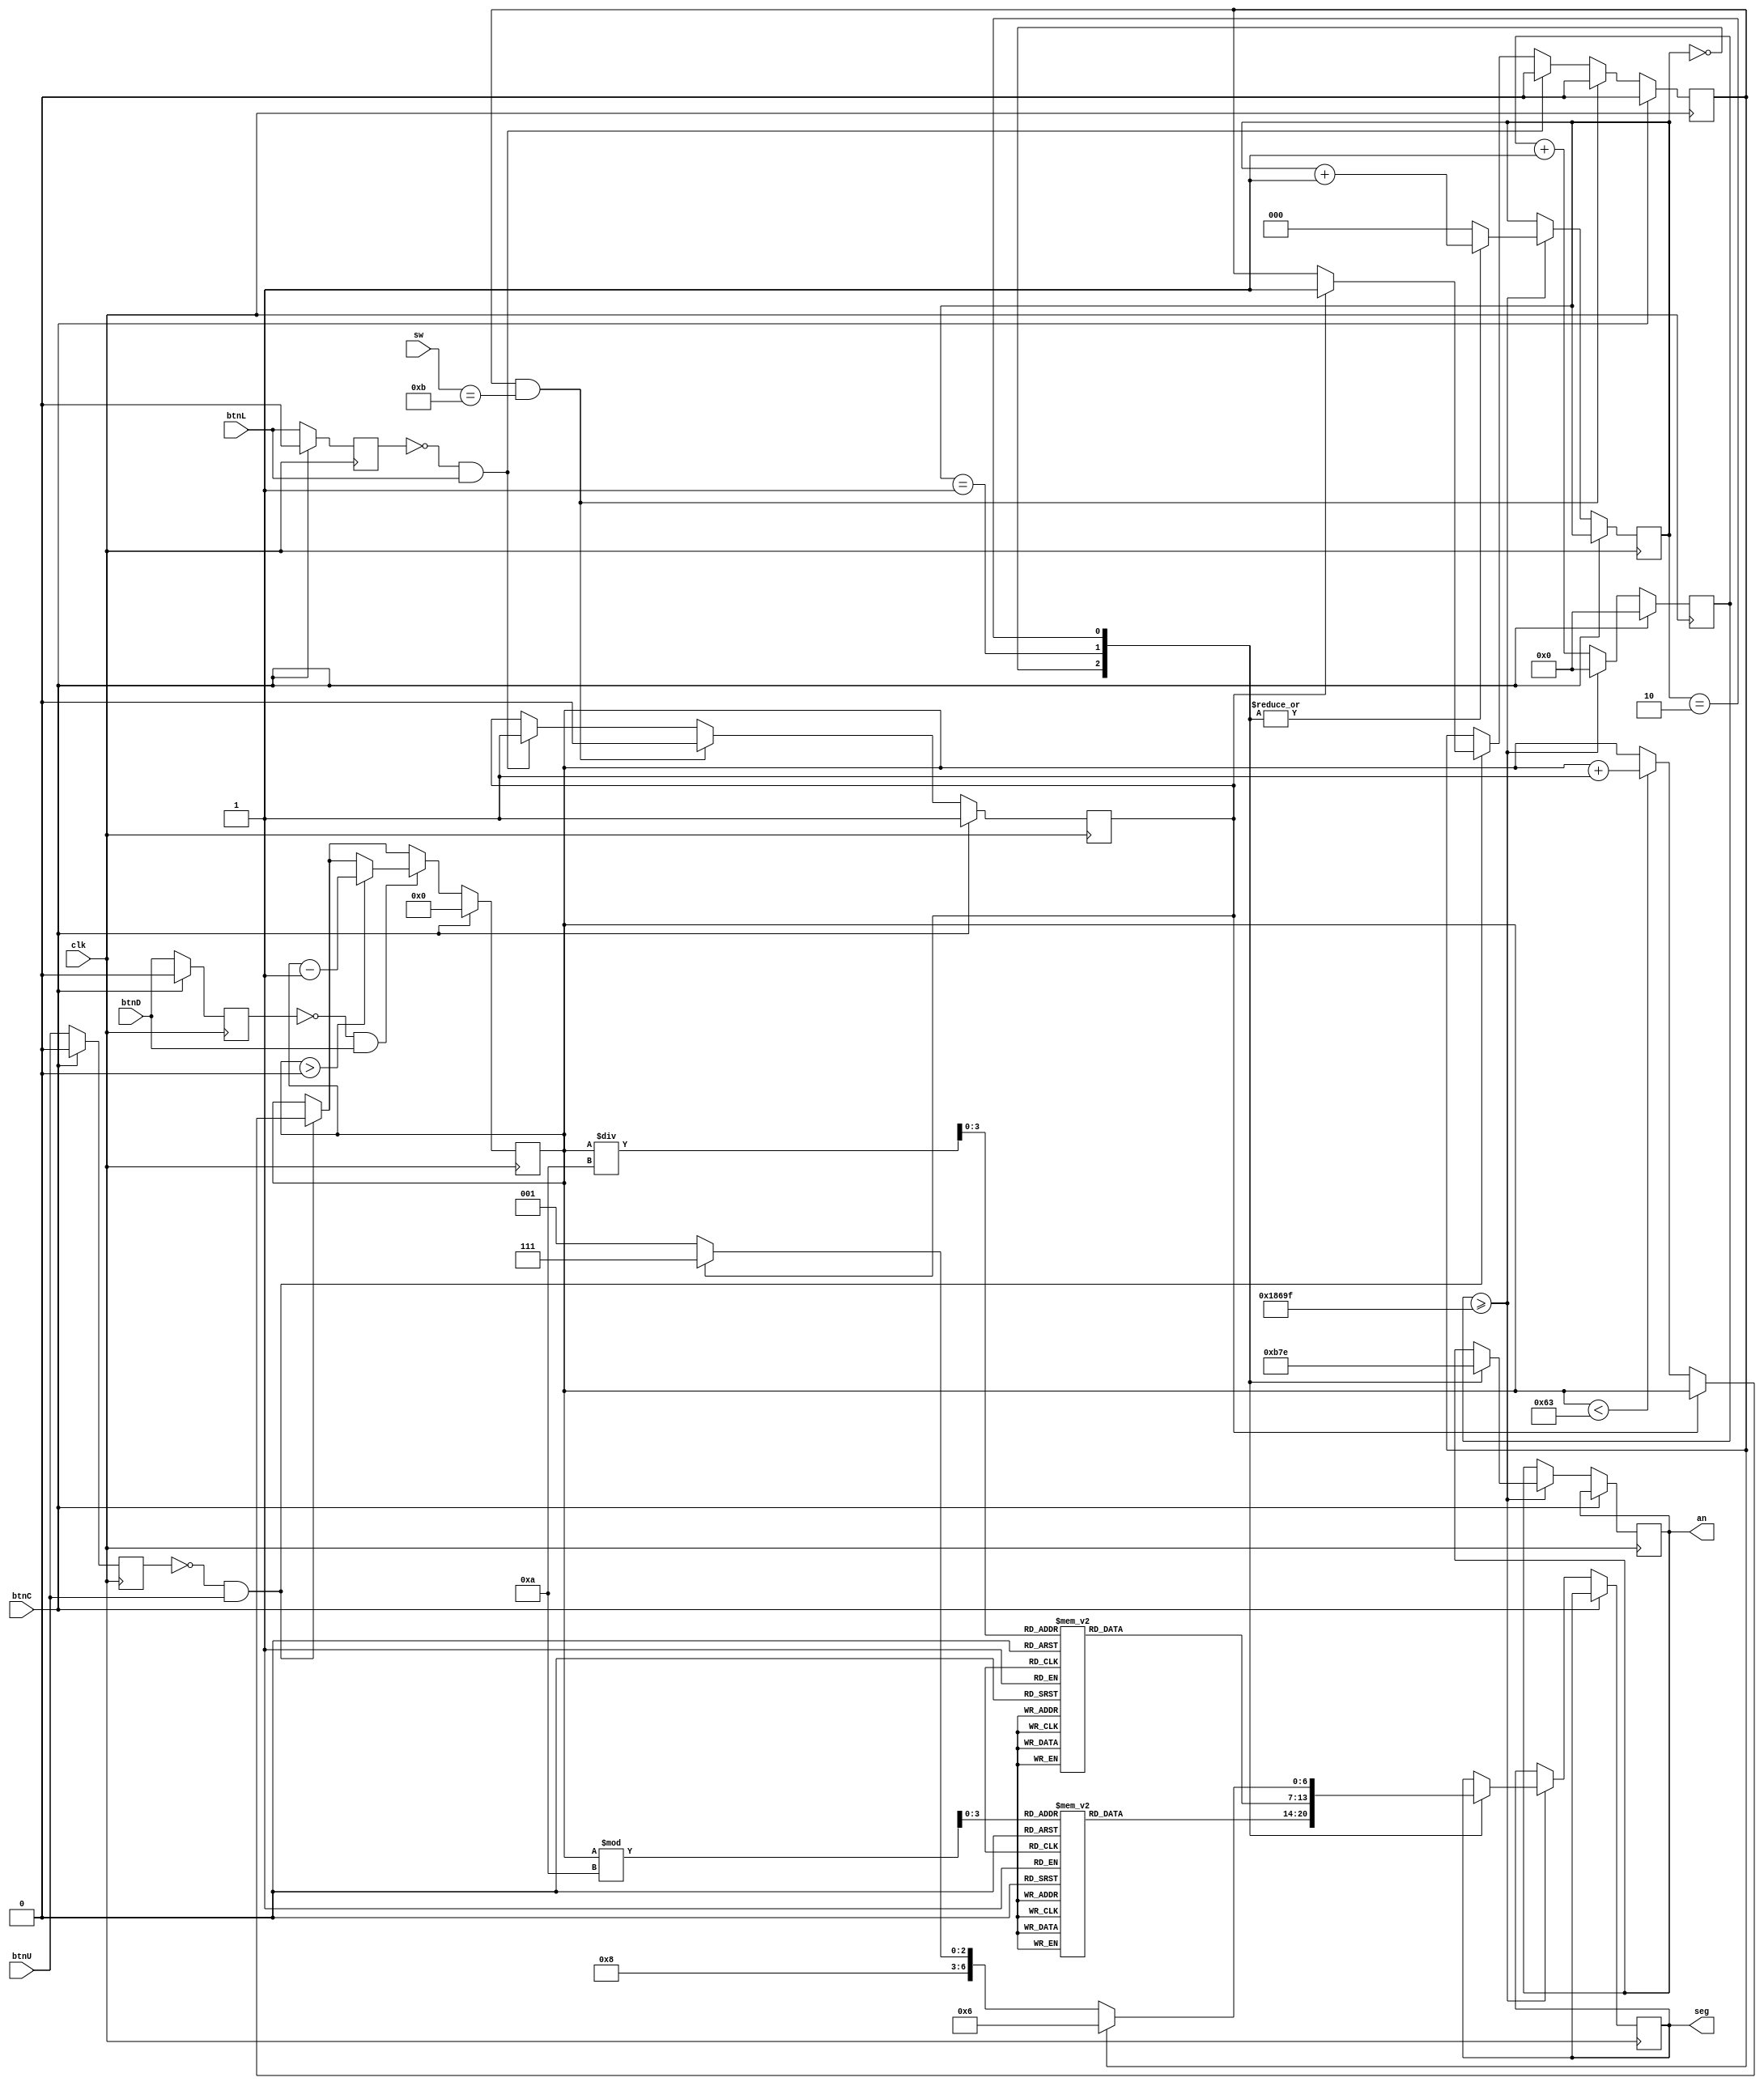
`timescale 1ns / 1ps
module garage_counter(
    input clk,           
    input btnC,          
    input btnU,          
    input btnD,          
    input btnL,          
    input [3:0] sw, 
    output reg [6:0] seg, 
    output reg [3:0] an  
);

parameter CLK_FREQ = 100000000; 
parameter REFRESH_RATE = 1000; // Refresh rate for the displays in Hz
parameter MAX_COUNT = CLK_FREQ / REFRESH_RATE; // Counts required per display update
parameter CORRECT_COMBO = 4'b1011; // Correct combination for unlocking

// Timing and counting
reg [31:0] refresh_counter = 0;
reg [6:0] seconds = 0;
reg [2:0] display_mux = 0;  // mux for 3 displays

// Debounce logic parameters
reg last_btnU_state = 0;
reg last_btnL_state = 0;
reg last_btnD_state = 0;
reg btnU_active = 0; // Flag to display "L"
reg gate_locked = 1; // Gate initially locked

// 7-segment decoder dispaly
function [6:0] decode_7seg(input [3:0] digit);
    begin
        case (digit)
            4'd0: decode_7seg = 7'b1000000; // "0"
            4'd1: decode_7seg = 7'b1111001; // "1"
            4'd2: decode_7seg = 7'b0100100; // "2"
            4'd3: decode_7seg = 7'b0110000; // "3"
            4'd4: decode_7seg = 7'b0011001; // "4"
            4'd5: decode_7seg = 7'b0010010; // "5"
            4'd6: decode_7seg = 7'b0000010; // "6"
            4'd7: decode_7seg = 7'b1111000; // "7"
            4'd8: decode_7seg = 7'b0000000; // "8"
            4'd9: decode_7seg = 7'b0010000; // "9"
            4'd10: decode_7seg = 7'b1000111; // "L"
            4'd11: decode_7seg = 7'b0000110; // "E"
            4'd12: decode_7seg = 7'b1000001; // "U"
            default: decode_7seg = 7'b1111111; // Blank
        endcase
    end
endfunction

always @(posedge clk) begin
    // Reset 
    if (btnC) begin
        seconds <= 0;
        refresh_counter <= 0;
        last_btnU_state <= 0;
        last_btnD_state <= 0;
        last_btnL_state <= 0;
        btnU_active <= 0;
        gate_locked <= 1; // Lock the gate
    end else begin
        if (!last_btnU_state && btnU) begin
            if (gate_locked) begin
                btnU_active <= 1;  // Indicate entry mode, show "E" for enter code
            end else if (seconds < 99) begin
                seconds <= seconds + 1;  // Increment counter if gate is unlocked
            end
        end

        if (!last_btnL_state && btnL) begin
            gate_locked <= 1;  // Lock the gate, show "L"
            btnU_active <= 0;
        end

        if (!last_btnD_state && btnD) begin
            if (seconds > 0) begin
                seconds <= seconds - 1;  // Decrement counter
            end
        end

        // Check combination if in entry mode
        if (btnU_active && sw == CORRECT_COMBO) begin
            gate_locked <= 0;  // Unlock the gate
            btnU_active <= 0;
        end
	
        last_btnU_state <= btnU;
        last_btnD_state <= btnD;
        last_btnL_state <= btnL;

        // Display refresh logic using mux 
        if (refresh_counter >= MAX_COUNT - 1) begin
            refresh_counter <= 0;
            display_mux <= display_mux + 1;
            case (display_mux)
                3'b000: begin
                    seg <= decode_7seg(seconds % 10); // Ones
                    an <= 4'b1011; // Ones counter digit display enable
                end
                3'b001: begin
                    seg <= decode_7seg(seconds / 10); // Tens
                    an <= 4'b0111; //  Tens counter digit display enable
                end
                3'b010: begin
                    seg <= btnU_active ? decode_7seg(4'd11) : (gate_locked ? decode_7seg(4'd10) : decode_7seg(4'd12));
                    an <= 4'b1110; // Rightmost  display for lock status
                end
                default: begin
                    display_mux <= 3'b000; // Reset to first display if out of range
                end
            endcase
        end else
            refresh_counter <= refresh_counter + 1;
    end
end

endmodule